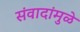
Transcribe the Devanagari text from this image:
संवादांमुळे